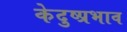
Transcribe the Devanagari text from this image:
केदुष्प्रभाव